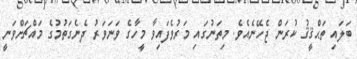
ބަލައި ތަޙްޤީޤު ކުރަން ޖެހޭނެއެވެ. މިތަނުގައި މަރުވެފައިވާ މީހާގެ ވަނަވަރު ދެނެގަތުމުގެ މައްޗަށްވަނީ